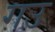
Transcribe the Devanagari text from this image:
गउ